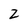
Character: 2